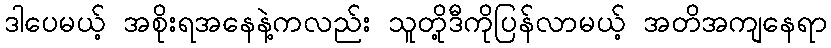
ဒါပေမယ့် အစိုးရအနေနဲ့ကလည်း သူတို့ဒီကိုပြန်လာမယ့် အတိအကျနေရာ